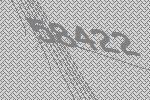
58422